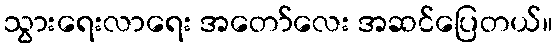
သွားရေးလာရေး အတော်လေး အဆင်ပြေတယ်။